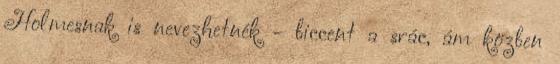
Holmesnak is nevezhetnék - biccent a srác, ám közben